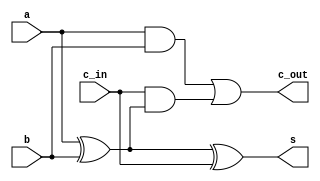
/*
module FullAdder

this module is component for adding single bit numbers with carry

*/
`default_nettype none

module FullAdder(a, b, c_in, s, c_out);

	input a, b, c_in;
	output s, c_out;
	
	assign s = a ^ b ^ c_in;
	assign c_out = (a & b) | (c_in & (a ^ b));
	
endmodule